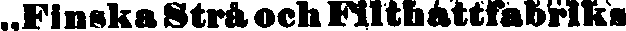
„Finska Strå och Filthattfabriks